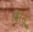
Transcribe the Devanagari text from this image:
बिस्सू